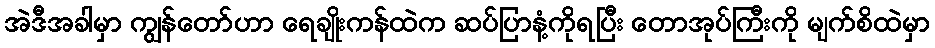
အဲဒီအခါမှာ ကျွန်တော်ဟာ ရေချိုးကန်ထဲက ဆပ်ပြာနံ့ကိုရပြီး တောအုပ်ကြီးကို မျက်စိထဲမှာ